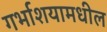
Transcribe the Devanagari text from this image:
गर्भाशयामधील